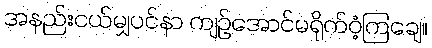
အနည်းငယ်မျှပင်နာ ကျဉ်အောင်မရိုက်ဝံ့ကြချေ။